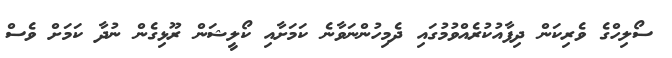
ސޯލިހްގެ ވެރިކަން ދިފާއުކުރެއްވުމުގައި ދެމިހުންނަވާނެ ކަމަށާއި ކޯލީޝަން ރޫޅިގެން ނުދާ ކަމަށް ވެސް